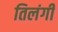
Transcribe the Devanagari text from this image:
तिलंगी